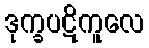
ဒုက္ခပဋိကူလေ